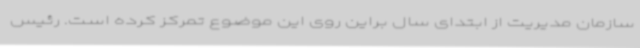
سازمان مدیریت از ابتدای سال براین روی این موضوع تمرکز کرده است. رئیس